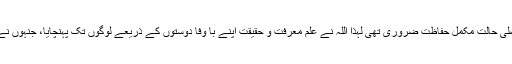
کیوں کہ سرکارِ دو عالم ؐپر دین مکمل کرنے کے بعد دین متین کی اپنی اصلی حالت مکمل حفاظت ضروری تھی لہٰذا اللہ نے علم معرفت و حقیقت اپنے با وفا دوستوں کے ذریعے لوگوں تک پہنچایا، جنہوں نے اس امانت کو اہل لوگوں تک پہنچانے کے لیے اپنی زندگیاں وقف کردیں۔